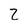
Character: 2